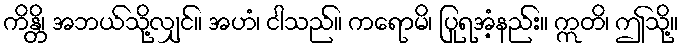
ကိန္တိ၊ အဘယ်သို့လျှင်။ အဟံ၊ ငါသည်။ ကရောမိ၊ ပြုရအံ့နည်း။ ဣတိ၊ ဤသို့။